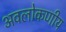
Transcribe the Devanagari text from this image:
अवलोकणीय